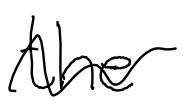
Text: the
Cross-out: wave
Writing tool: digital_black